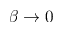
\beta \to 0